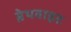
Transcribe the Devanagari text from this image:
ब्रेथवाइट